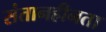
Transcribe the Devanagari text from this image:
संतानहीनता